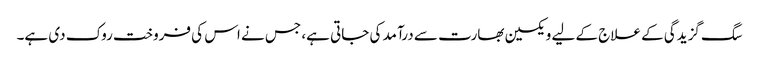
سگ گزیدگی کے علاج کے لیے ویکسین بھارت سے درآمد کی جاتی ہے، جس نے اس کی فروخت روک دی ہے۔